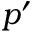
p ^ { \prime }